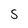
Character: S